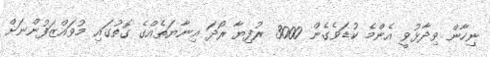
ނިހާން ވިދާޅުވީ އެންމެ ކުޑަވެގެން 3000 ރުފިޔާ ރޯދަ އިނާޔަތެއްގެ ގޮތުގައި މުވައްޒަފުންނަށް